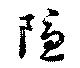
隱